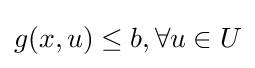
g(x,u)\leq b,\forall u\in U